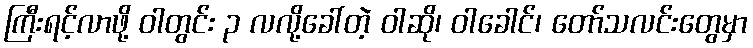
ကြီးရင့်လာဖို့ ဝါတွင်း ၃ လလို့ခေါ်တဲ့ ဝါဆို၊ ဝါခေါင်၊ တော်သလင်းတွေမှာ